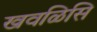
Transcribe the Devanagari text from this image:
खवळिसि